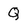
Character: Q